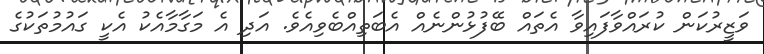
ވަޒީރުކަން ކުރައްވާފައިވާ އެތައް ބޭފުޅުންނެއް އެބަތިއްބެވިއެވެ. އަދި އެ މަގާމާއެކު އެކީ ގައުމުތަކުގެ